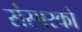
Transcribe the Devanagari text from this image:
संसारको